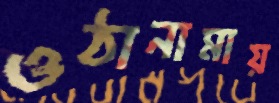
ওঠানামায়